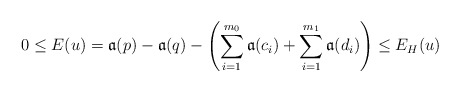
\begin{align*}0 \le E(u)=\mathfrak{a}(p)-\mathfrak{a}(q)- \left( \sum_{i=1}^{m_0} \mathfrak{a}(c_i) + \sum_{i=1}^{m_1} \mathfrak{a}(d_i)\right) \le E_H(u)\end{align*}